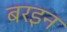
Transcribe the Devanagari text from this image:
बरइन